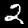
Label: 2